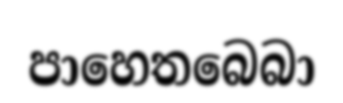
පාහෙතබෙබා